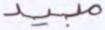
مبيد